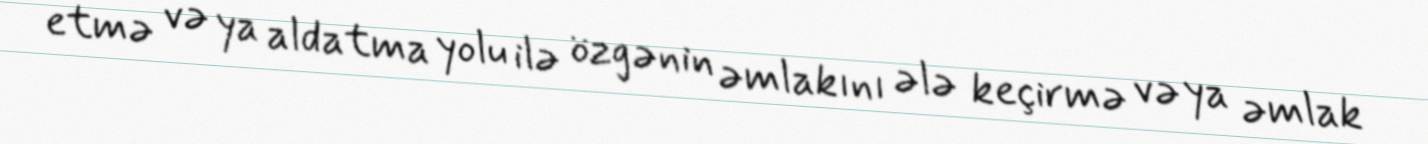
etmə və ya aldatma yolu ilə özgənin əmlakını ələ keçirmə və ya əmlak